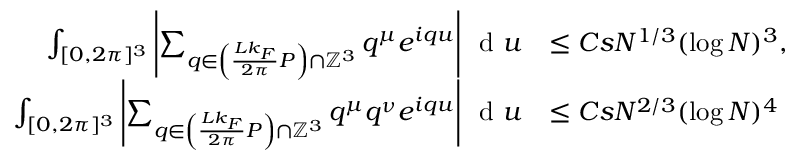
\begin{array} { r l } { \int _ { [ 0 , 2 \pi ] ^ { 3 } } \left\vert \sum _ { q \in \left( \frac { L k _ { F } } { 2 \pi } P \right) \cap \mathbb { Z } ^ { 3 } } q ^ { \mu } e ^ { i q u } \right\vert \, \textnormal { d } u } & { \leq C s N ^ { 1 / 3 } ( \log N ) ^ { 3 } , } \\ { \int _ { [ 0 , 2 \pi ] ^ { 3 } } \left\vert \sum _ { q \in \left( \frac { L k _ { F } } { 2 \pi } P \right) \cap \mathbb { Z } ^ { 3 } } q ^ { \mu } q ^ { \nu } e ^ { i q u } \right\vert \, \textnormal { d } u } & { \leq C s N ^ { 2 / 3 } ( \log N ) ^ { 4 } } \end{array}